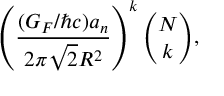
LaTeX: \left( \frac { ( G _ { F } / \hbar c ) a _ { n } } { 2 \pi \sqrt { 2 } R ^ { 2 } } \right) ^ { k } { \binom { N } { k } } ,